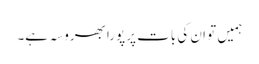
ہمیں تو ان کی بات پر پورا بھروسہ ہے۔